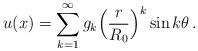
LaTeX: \begin{align*} u(x)= \sum_{k=1}^\infty g_k \Big(\frac r{R_0}\Big)^k \sin k\theta \,.\end{align*}